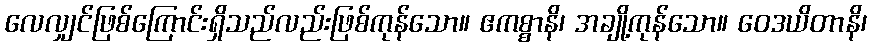
လေလျှင်ဖြစ်ကြောင်းရှိသည်လည်းဖြစ်ကုန်သော။ ဧကစ္စာနိ၊ အချို့ကုန်သော။ ဝေဒယိတာနိ၊